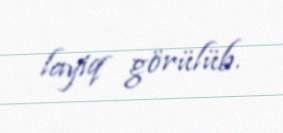
layiq görülüb.